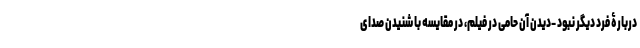
دربارۀ فرد دیگر نبود -دیدن آن حامی در فیلم، در مقایسه با شنیدن صدای